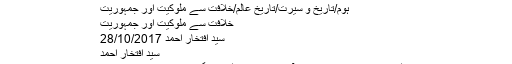
خلافت سے ملوکیت اور جمہوریت ⋆ مضامین ڈاٹ کام
ہوم/تاریخ و سیرت/تاریخ عالم/خلافت سے ملوکیت اور جمہوریت
خلافت سے ملوکیت اور جمہوریت
سید افتخار احمد 28/10/2017
سید افتخار احمد
عالمی تاریخ کے دور جدید کا آغاز دوسری عالمی جنگ کے اختتام سے ہوتا ہے۔